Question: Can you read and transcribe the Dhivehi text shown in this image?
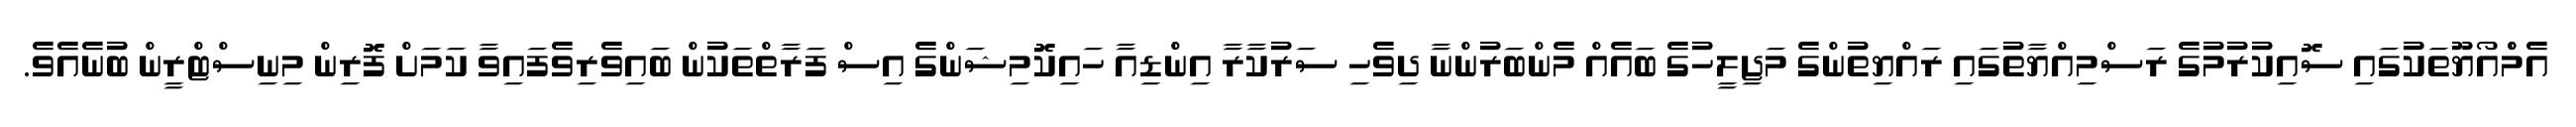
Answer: އެމްްއޯޔޫތަކުގައި ސޮއިކުރުމުގެ ރަސްމިއްޔާތުގައި ރައްޔިތުންގެ މަޖިލީހުގެ ބައެއް މެންބަރުންނާ ދިވެހި ސަރުކާރާ އިންޑިއާ ހައިކޮމިޝަންގެ އިސް ފަރާތްތަކުން ބައިވެރިވެފައިވާ ކަމަށް ފޮރިން މިނިސްޓްރީން ބުނެއެވެ.